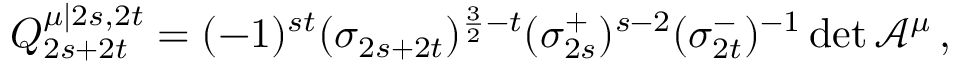
Q _ { 2 s + 2 t } ^ { \mu | 2 s , 2 t } = ( - 1 ) ^ { s t } ( \sigma _ { 2 s + 2 t } ) ^ { \frac { 3 } { 2 } - t } ( \sigma _ { 2 s } ^ { + } ) ^ { s - 2 } ( \sigma _ { 2 t } ^ { - } ) ^ { - 1 } \operatorname * { d e t } \mathcal { A } ^ { \mu } \mathcal { \, } ,